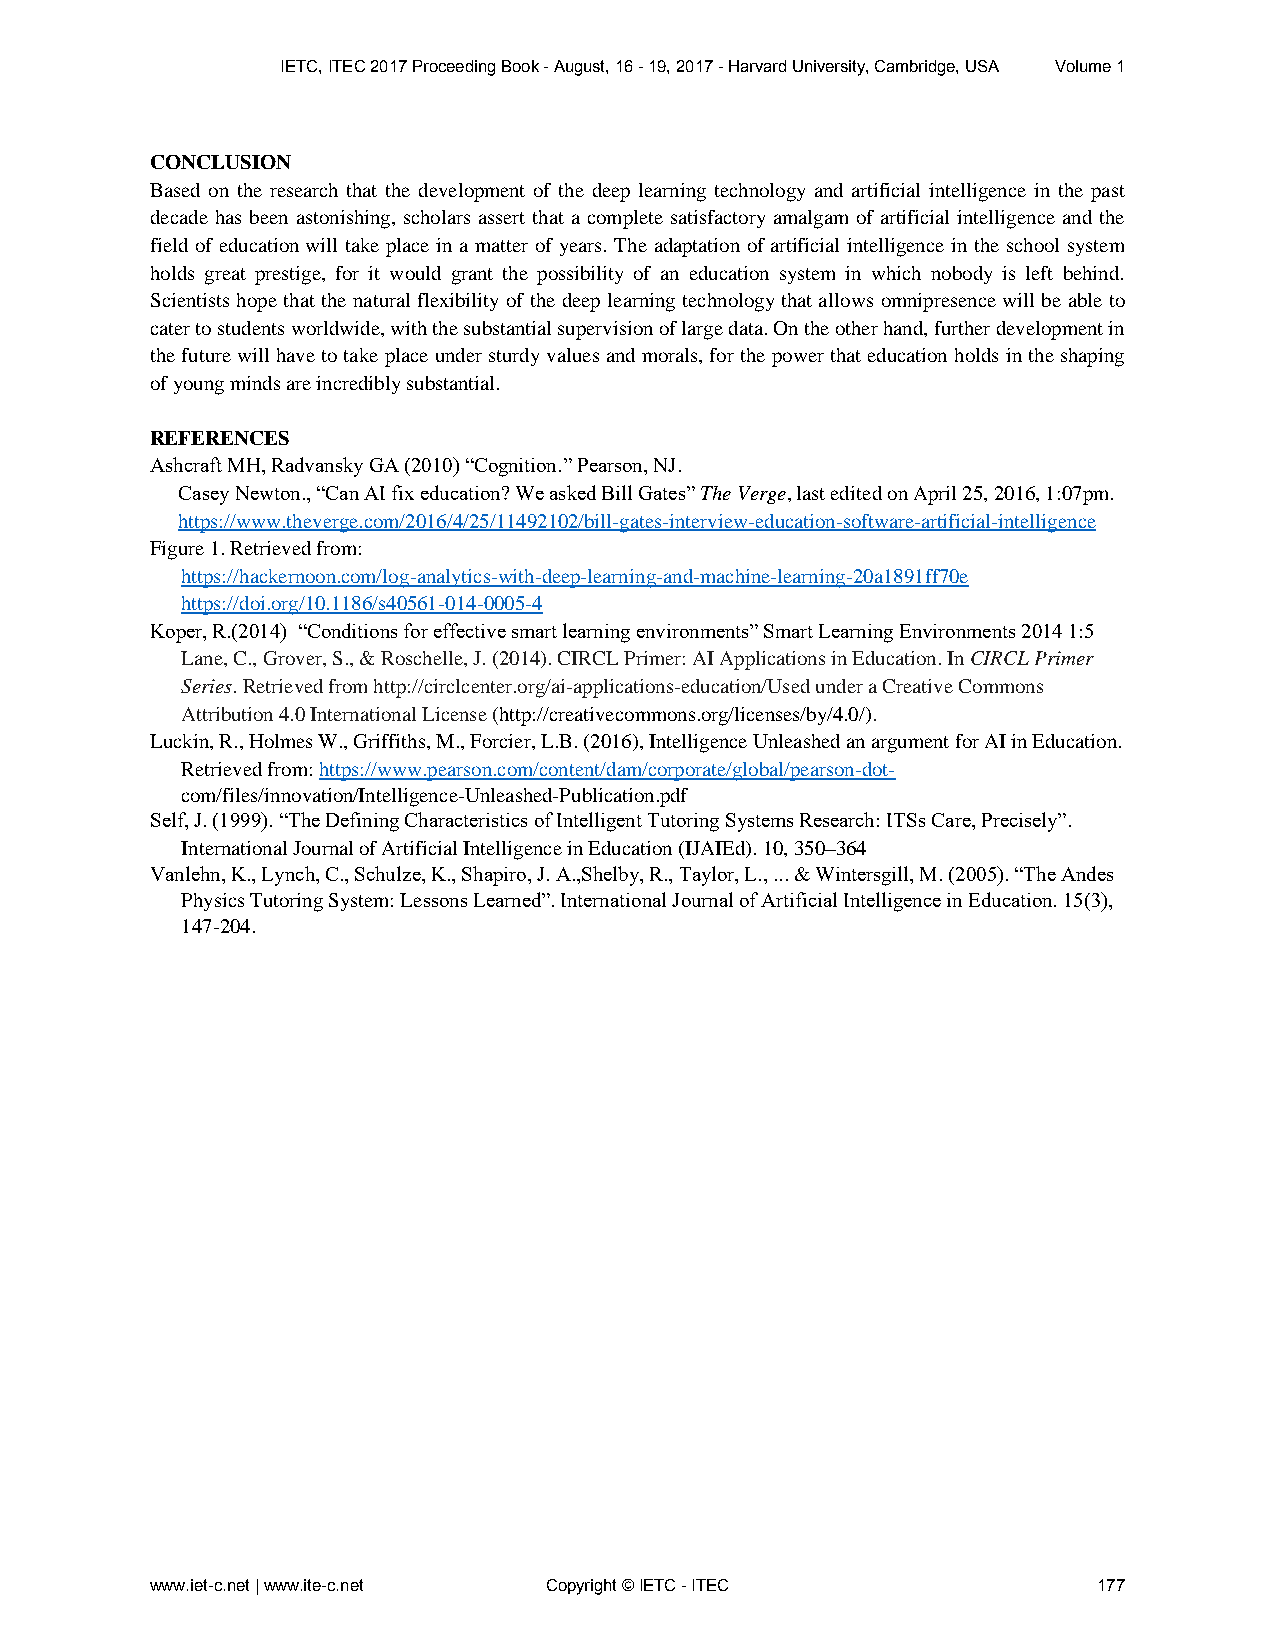
IETC, ITEC 2017 Proceeding Book - August, 16 - 19, 2017 - Harvard University, Cambridge, USA Volume 1
 CONCLUSION
 Based on the research that the development of the deep learning technology and artificial intelligence in the past
 decade has been astonishing, scholars assert that a complete satisfactory amalgam of artificial intelligence and the
 field of education will take place in a matter of years. The adaptation of artificial intelligence in the school system
 holds great prestige, for it would grant the possibility of an education system in which nobody is left behind.
 Scientists hope that the natural flexibility of the deep learning technology that allows omnipresence will be able to
 cater to students worldwide, with the substantial supervision of large data. On the other hand, further development in
 the future will have to take place under sturdy values and morals, for the power that education holds in the shaping
 of young minds are incredibly substantial.
 REFERENCES
 Ashcraft MH, Radvansky GA (2010) “Cognition.” Pearson, NJ.
 Casey Newton., “Can AI fix education? We asked Bill Gates” The Verge, last edited on April 25, 2016, 1:07pm.
 https://www.theverge.com/2016/4/25/11492102/bill-gates-interview-education-software-artificial-intelligence
 Figure 1. Retrieved from:
 https://hackernoon.com/log-analytics-with-deep-learning-and-machine-learning-20a1891ff70e
 https://doi.org/10.1186/s40561-014-0005-4
 Koper, R.(2014) “Conditions for effective smart learning environments” Smart Learning Environments 2014 1:5
 Lane, C., Grover, S., & Roschelle, J. (2014). CIRCL Primer: AI Applications in Education. In CIRCL Primer
 Series. Retrieved from http://circlcenter.org/ai-applications-education/Used under a Creative Commons
 Attribution 4.0 International License (http://creativecommons.org/licenses/by/4.0/).
 Luckin, R., Holmes W., Griffiths, M., Forcier, L.B. (2016), Intelligence Unleashed an argument for AI in Education.
 Retrieved from: https://www.pearson.com/content/dam/corporate/global/pearson-dot-
 com/files/innovation/Intelligence-Unleashed-Publication.pdf
 Self, J. (1999). “The Defining Characteristics of Intelligent Tutoring Systems Research: ITSs Care, Precisely”.
 International Journal of Artificial Intelligence in Education (IJAIEd). 10, 350–364
 Vanlehn, K., Lynch, C., Schulze, K., Shapiro, J. A.,Shelby, R., Taylor, L., ... & Wintersgill, M. (2005). “The Andes
 Physics Tutoring System: Lessons Learned”. International Journal of Artificial Intelligence in Education. 15(3),
 147-204.
 www.iet-c.net | www.ite-c.net Copyright © IETC - ITEC          177